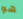
هو